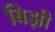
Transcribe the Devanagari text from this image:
बिझी